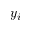
y _ { i }